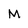
Character: M